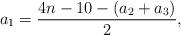
LaTeX: \begin{align*}a_1=\frac{4n-10-(a_2+a_3)}{2},\end{align*}